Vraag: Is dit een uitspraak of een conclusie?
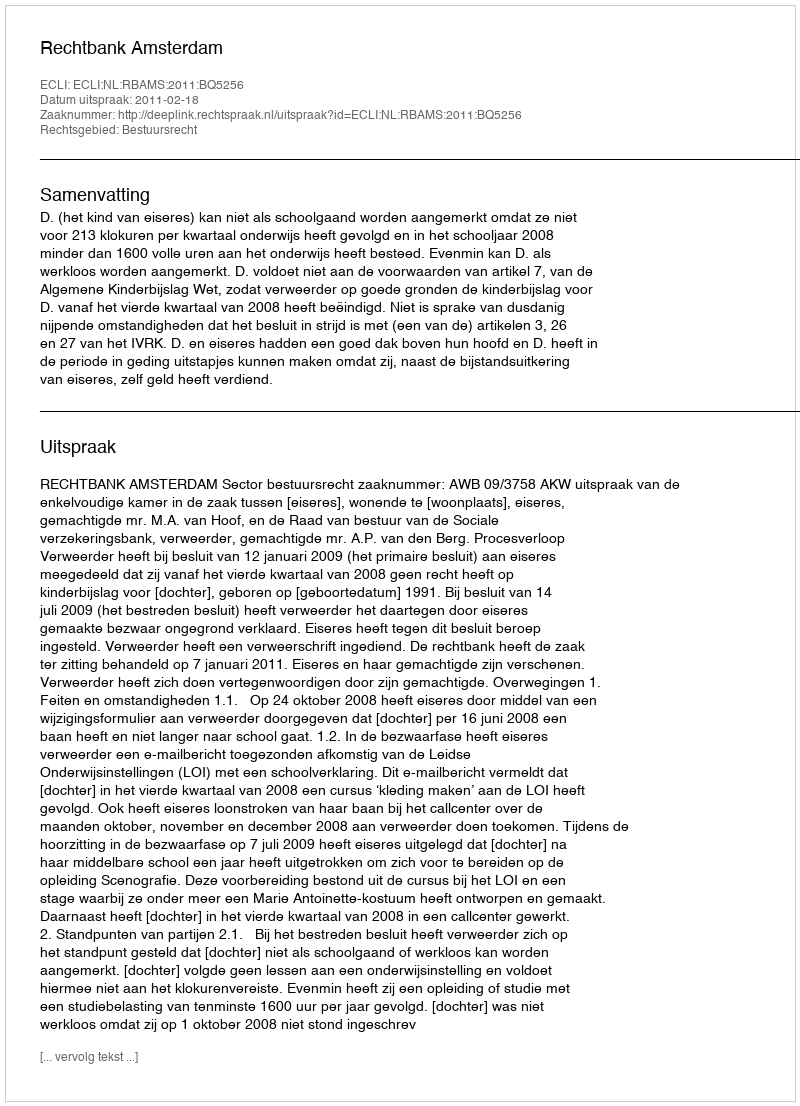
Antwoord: Uitspraak